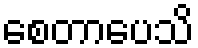
စေတာပေသိ